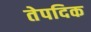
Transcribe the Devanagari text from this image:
तेपदिक